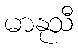
မာနုသီ